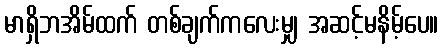
မာရှိဘအိမ်ထက် တစ်ချက်ကလေးမျှ အဆင့်မနိမ့်ပေ။